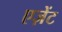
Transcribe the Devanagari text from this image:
एज़ेंट